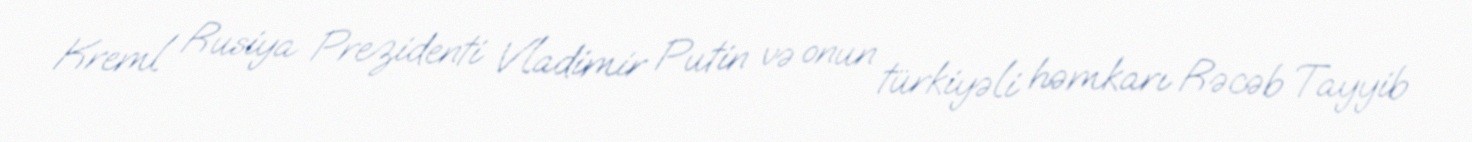
Kreml Rusiya Prezidenti Vladimir Putin və onun türkiyəli həmkarı Rəcəb Tayyib